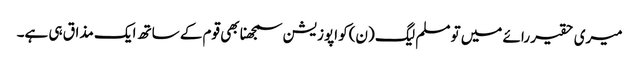
میری حقیر رائے میں تو مسلم لیگ (ن)کو اپوزیشن سمجھنا بھی قوم کے ساتھ ایک مذاق ہی ہے۔